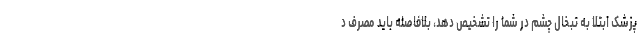
پزشک ابتلا به تبخال چشم در شما را تشخیص دهد، بلافاصله باید مصرف د